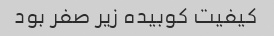
کیفیت کوبیده زیر صفر بود